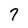
Character: 7